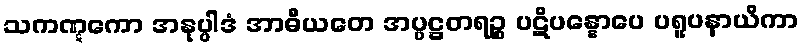
သကဏ္ဋကော အနုပ္ပါဒံ အာဓီယတေ အပ္ပဋ္ဌတရဉ္စ ပဋိပန္နောပေ ပရူပနာယိကာ